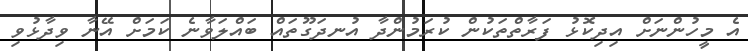
އެ މީހުންނަށް އިދިކޮޅު ފަރާތްތަކުން ކުރަމުންދާ އުނދަގޫތައް ބައްލަވާނެ ކަމަށް އޭނާ ވިދާޅުވި